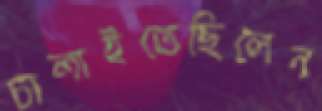
চালাইতেছিলেন